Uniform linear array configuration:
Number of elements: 8
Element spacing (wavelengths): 0.75
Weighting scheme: kaiser
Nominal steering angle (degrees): -30
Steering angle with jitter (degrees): -31.455
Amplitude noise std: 0.05
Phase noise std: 0.05

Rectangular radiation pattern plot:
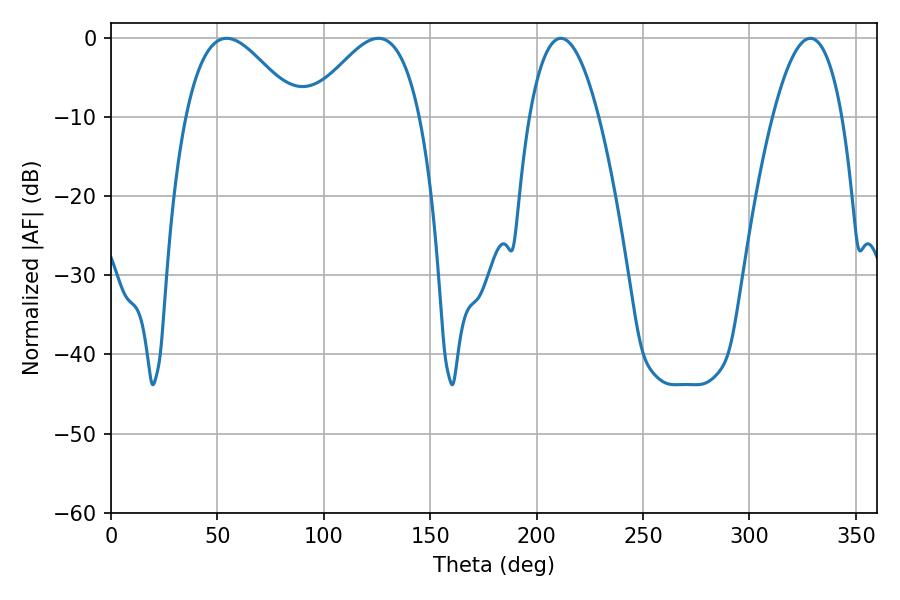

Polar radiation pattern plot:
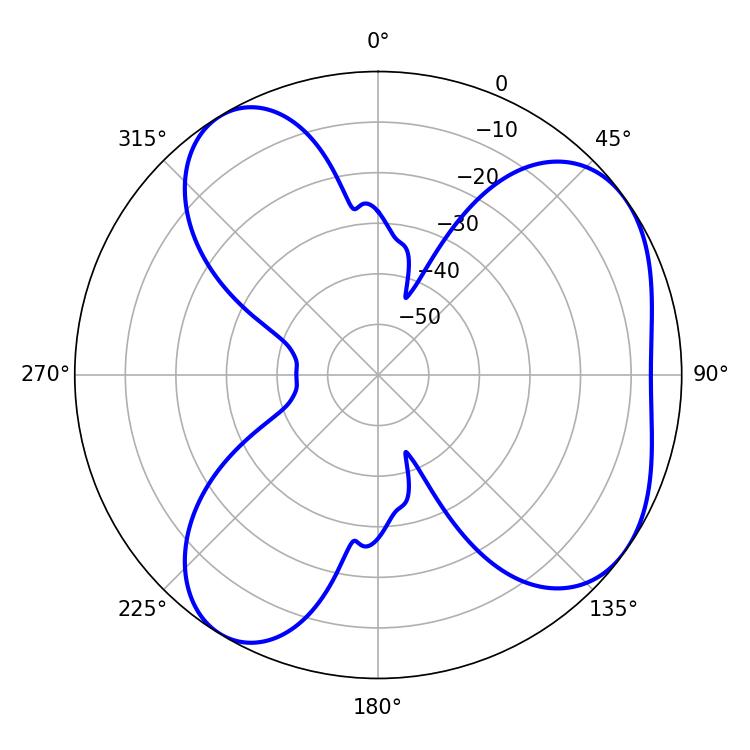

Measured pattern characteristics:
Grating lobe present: TRUE
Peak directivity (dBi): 5.516
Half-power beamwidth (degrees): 28.26
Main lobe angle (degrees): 54.36